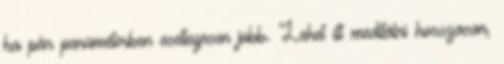
ha pár paraméterben esetlegesen jobb. Lehet itt meditálni hosszasan,